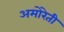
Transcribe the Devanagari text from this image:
अमोरेती